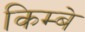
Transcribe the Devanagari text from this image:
किम्बे